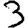
Digit: 3